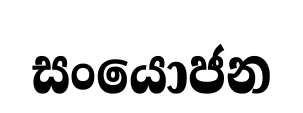
සංයොජන